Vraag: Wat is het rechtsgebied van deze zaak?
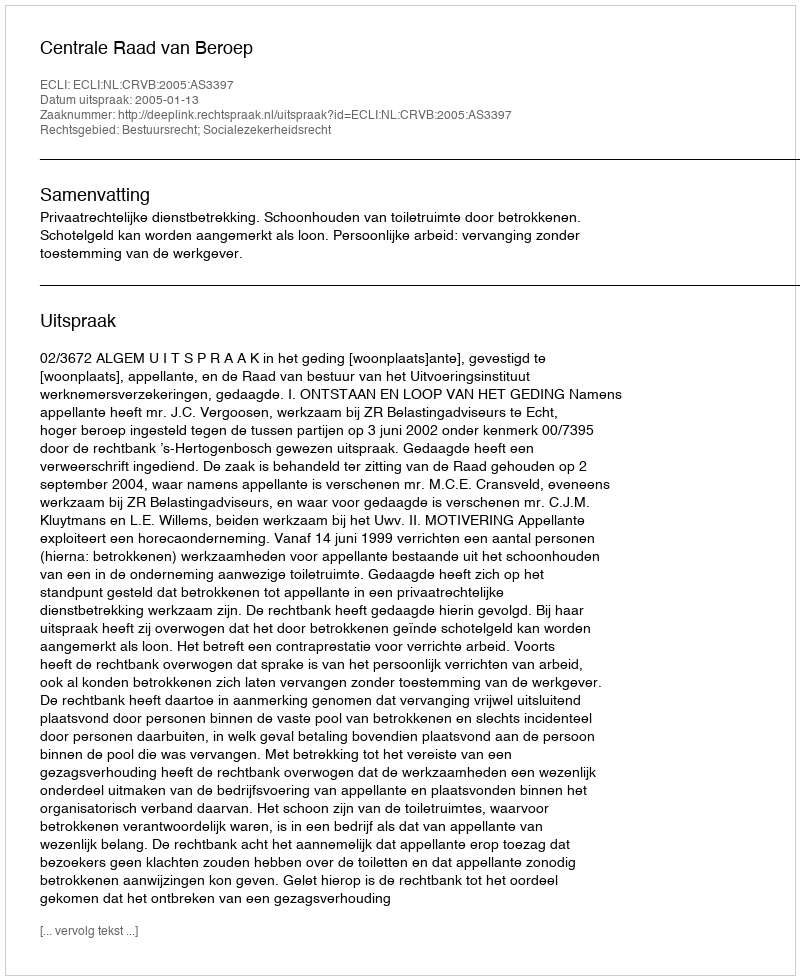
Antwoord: Bestuursrecht; Socialezekerheidsrecht